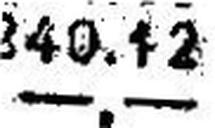
—.—